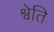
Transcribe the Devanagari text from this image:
श्वेति